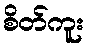
စိတ်ကူး